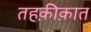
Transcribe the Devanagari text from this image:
तहक़ीक़ात